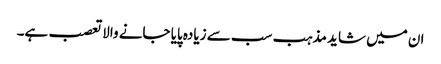
ان میں شاید مذہب سب سے زیادہ پایا جانے والاتعصب ہے۔